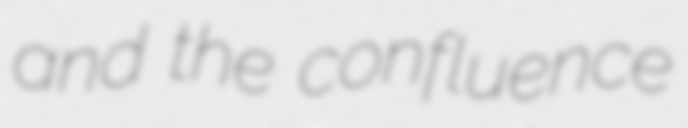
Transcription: and the confluence